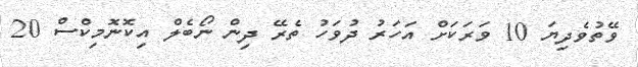
ވޭތުވެދިޔަ 10 ވަރަކަށް އަހަރު ދުވަހު ތެރޭ ދިން ނޯބެލް އިކޮނޮމިކްސް 20